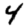
Digit: 4